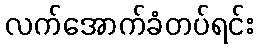
လက်အောက်ခံတပ်ရင်း